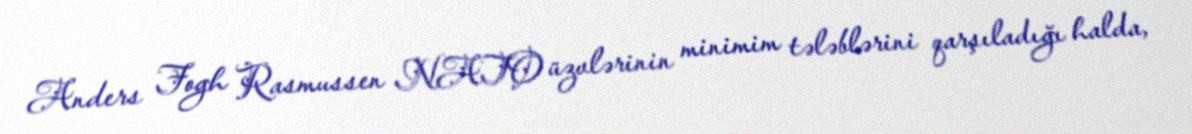
Anders Fogh Rasmussen NATO üzvlərinin minimim tələblərini qarşıladığı halda,